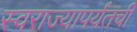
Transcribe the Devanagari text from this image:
स्वराज्यापर्यंतची